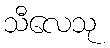
သီလေသု